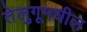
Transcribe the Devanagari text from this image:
तेलुगूमधील